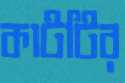
কাটটির